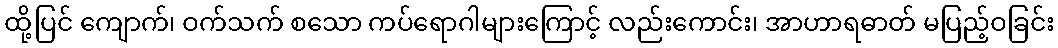
ထို့ပြင် ကျောက်၊ ဝက်သက် စသော ကပ်ရောဂါများကြောင့် လည်းကောင်း၊ အာဟာရဓာတ် မပြည့်ဝခြင်း